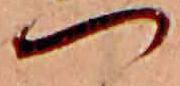
つ